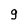
Character: g